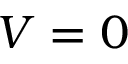
V = 0